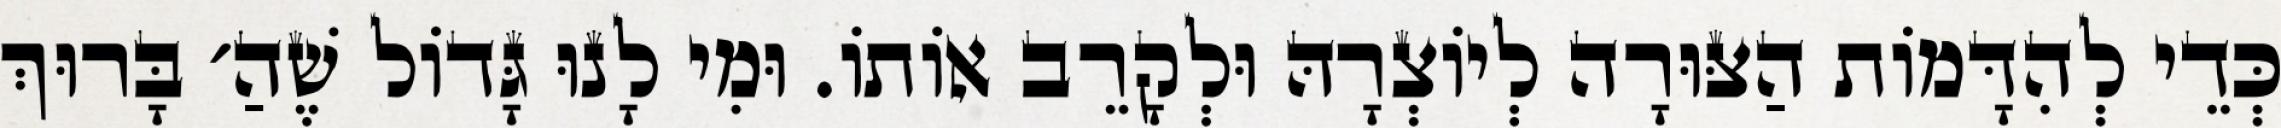
כְּדֵי לְהִדָּמוֹת הַצּוּרָה לְיוֹצְרָהּ וּלְקָרֵב אוֹתוֹ. וּמִי לָנוּ גָּדוֹל שֶׁהַ׳ בָּרוּךְ